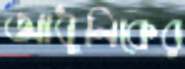
আধূনিকের